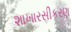
શાખારસીકરણ